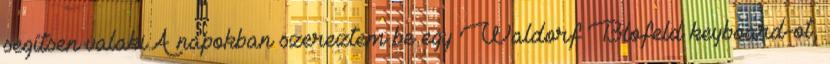
segítsen valaki.A napokban szereztem be egy Waldorf Blofeld keyboard-ot,